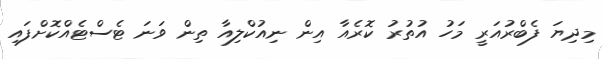
މިދިޔަ ފެބްރުއަރީ މަހު އުތުރު ކޮރެއާ އިން ނިއުކްލިއާ ތިން ވަނަ ޓެސްޓެއްކޮށްފައި